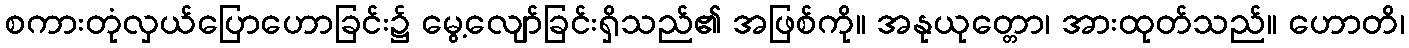
စကားတုံလှယ်ပြောဟောခြင်း၌ မွေ့လျော်ခြင်းရှိသည်၏ အဖြစ်ကို။ အနုယုတ္တော၊ အားထုတ်သည်။ ဟောတိ၊